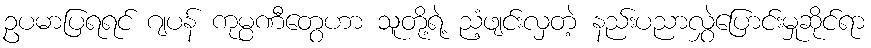
ဥပမာပြရရင် ဂျပန် ကုမ္ပဏီတွေဟာ သူတို့ရဲ့ ညံ့ဖျင်းလှတဲ့ နည်းပညာလွှဲပြောင်းမှုဆိုင်ရာ